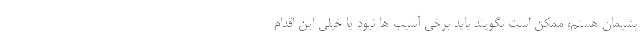
پشیمان هستم، ممکن است بگویند باید برخی آسیب ها نبود یا خیلی این اقدام